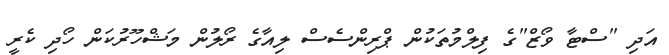
އަދި "ސްޓާ ވޯޒް"ގެ ފިލްމުތަކުން ޕްރިންސެސް ލިއާގެ ރޯލުން މަޝްހޫރުކަން ހޯދި ކެރީ